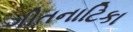
ગીતનાટિકા